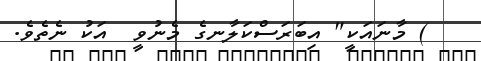
) މާނައަކީ" އިބަރަސްކަލާނގެ މެނުވީ  އަކު ނެތެވެ.